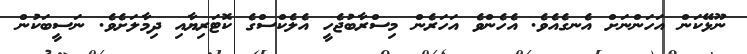
ނޫޅޭކަން އަހަންނަށް އެނގެއެވެ. އެހެންވެ އަހަރެން މިސްރާބުޖެހީ އެލެކްސްގެ ކޮޓަރިޔާއި ދިމާލަށެވެ. ނަސީބަކުން